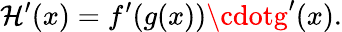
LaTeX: \mathcal{H}^{\prime}(x)=f^{\prime}(g(x))\cdotg^{\prime}(x).